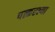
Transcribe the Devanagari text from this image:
पत्करल्या